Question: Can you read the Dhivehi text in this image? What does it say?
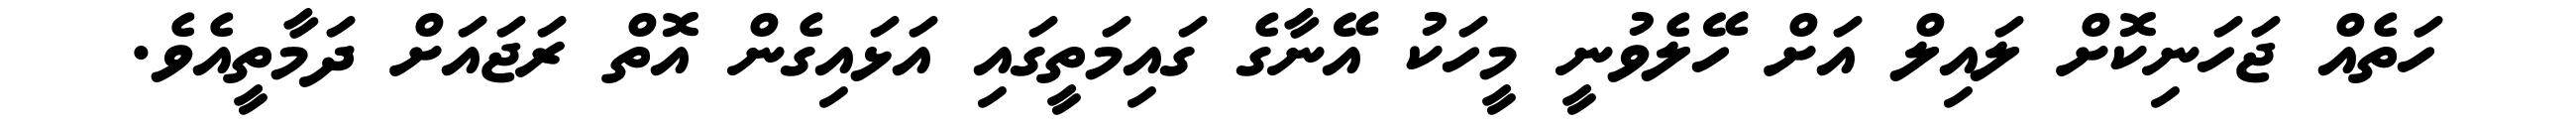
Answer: ހަތެއް ޖަހަނިކޮށް ލައިލް އަށް ހޭލެވުނީ މީހަކު އޭނާގެ ގައިމަތީގައި އަޅައިގެން އޮތް ރަޖައަށް ދަމާތީއެވެ.